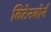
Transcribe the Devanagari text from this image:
विटेनबोर्न